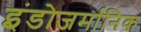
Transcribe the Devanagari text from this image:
इंडोजर्मानिक